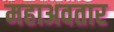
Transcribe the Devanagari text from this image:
महाअवतार